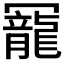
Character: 𠖥